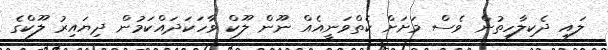
ލައި ދެކިލާހިތުން ވެސް މަށަށް ކެތްވަނީއެއް ނޫން ލޫކް ވާހަކަދައްކަމުން ދިޔައިރު ލޫކްގެ